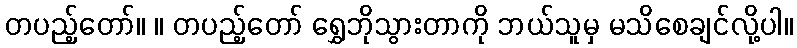
တပည့်တော်။ ။ တပည့်တော် ရွှေဘိုသွားတာကို ဘယ်သူမှ မသိစေချင်လို့ပါ။